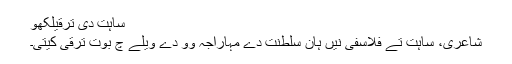
ساہت دی ترقیلکھو
شاعری، ساہت تے فلاسفی نیں ہان سلطنت دے مہاراجہ وو دے ویلے چ بوت ترقی کیتی۔